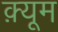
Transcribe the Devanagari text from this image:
क़्यूम